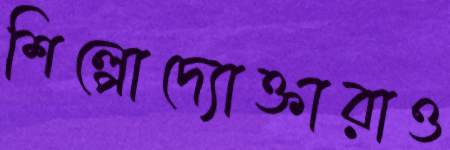
শিল্পোদ্যোক্তারাও